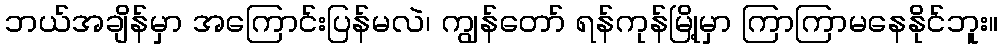
ဘယ်အချိန်မှာ အကြောင်းပြန်မလဲ၊ ကျွန်တော် ရန်ကုန်မြို့မှာ ကြာကြာမနေနိုင်ဘူး။